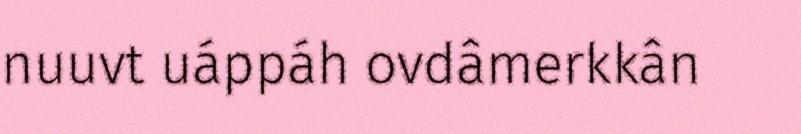
nuuvt uáppáh ovdâmerkkân